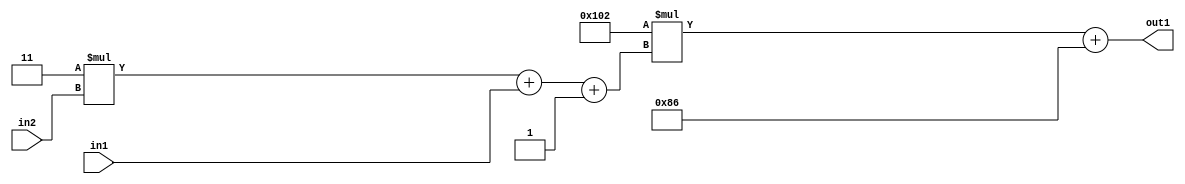
`timescale 1ps / 1ps
/*****************************************************************************
    Verilog RTL Description
    
    
    Created by: Stratus DpOpt 2019.1.01 
*******************************************************************************/

module DC_Filter_Add2i134Mul2i258Add3i1u1Mul2i3u2_4 (
	in2,
	in1,
	out1
	); /* architecture "behavioural" */ 
input [1:0] in2;
input  in1;
output [11:0] out1;
wire [11:0] asc001;
wire [3:0] asc002;

wire [3:0] asc002_tmp_0;
wire [3:0] asc002_tmp_1;
assign asc002_tmp_1 = 
	+(4'B0011 * in2);
assign asc002_tmp_0 = asc002_tmp_1
	+(in1);
assign asc002 = asc002_tmp_0
	+(4'B0001);

wire [11:0] asc001_tmp_2;
assign asc001_tmp_2 = 
	+(12'B000100000010 * asc002);
assign asc001 = asc001_tmp_2
	+(12'B000010000110);

assign out1 = asc001;
endmodule

/* CADENCE  vrTwQw8= : u9/ySgnWtBlWxVPRXgAZ4Og= ** DO NOT EDIT THIS LINE ******/